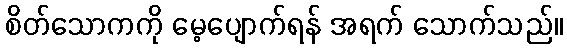
စိတ်သောကကို မေ့ပျောက်ရန် အရက် သောက်သည်။